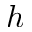
h